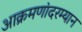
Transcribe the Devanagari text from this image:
आक्रमणांदरम्यान